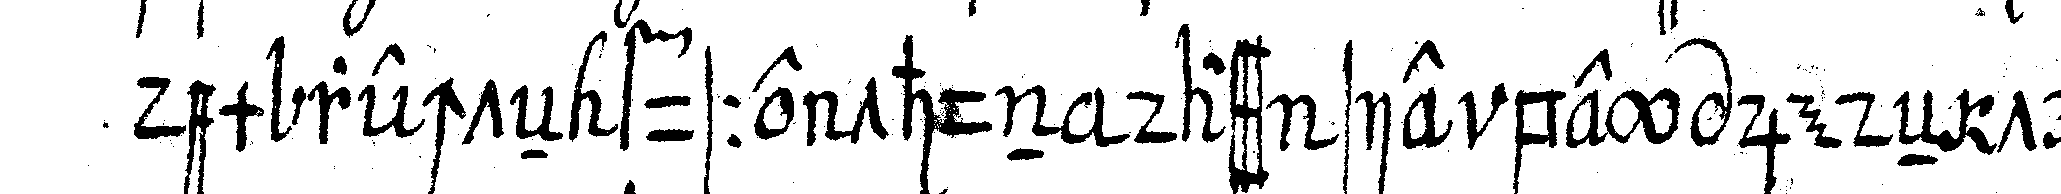
dem rechteN fusse thun dass sie bey jedeN tritt